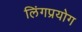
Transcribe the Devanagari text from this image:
लिंगप्रयोग